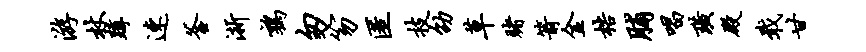
游杖蹲速釜浙鹑匆笏匿技劭草赌箭金梏脯唱璜殿戢甘